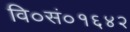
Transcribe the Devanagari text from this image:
वि०सं०१६४२